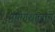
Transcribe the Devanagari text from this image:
प्रयोगशालाये